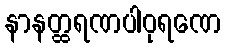
နာနတ္ထရဏပါဝုရဏေ